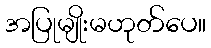
အပြုမျိုးမဟုတ်ပေ။